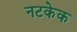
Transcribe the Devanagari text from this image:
नटकेक